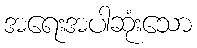
အရေးအပါဆုံးသော